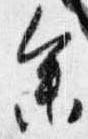
参